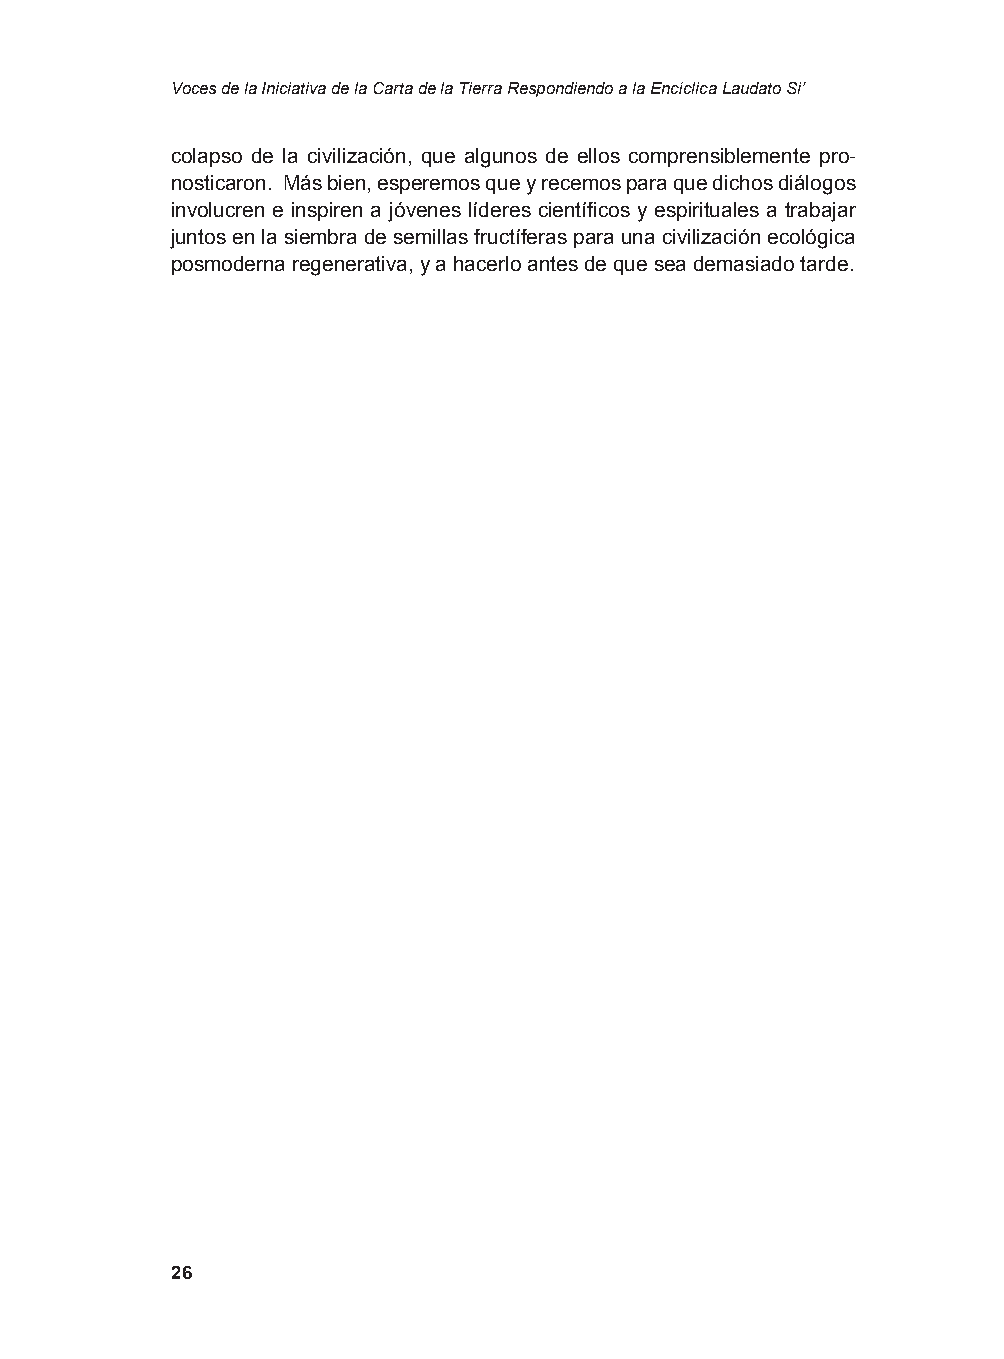
Voces de la Iniciativa de la Carta de la Tierra Respondiendo a la Encíclica Laudato Si’
 colapso de la civilización, que algunos de ellos comprensiblemente pro-
 nosticaron. Más bien, esperemos que y recemos para que dichos diálogos
 involucren e inspiren a jóvenes líderes científicos y espirituales a trabajar
 juntos en la siembra de semillas fructíferas para una civilización ecológica
 posmoderna regenerativa, y a hacerlo antes de que sea demasiado tarde.
 26